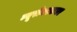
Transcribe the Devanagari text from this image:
न्यूरोमस्कलर